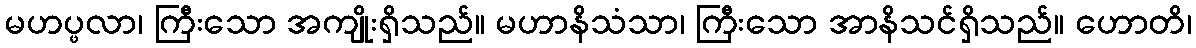
မဟပ္ဖလာ၊ ကြီးသော အကျိုးရှိသည်။ မဟာနိသံသာ၊ ကြီးသော အာနိသင်ရှိသည်။ ဟောတိ၊